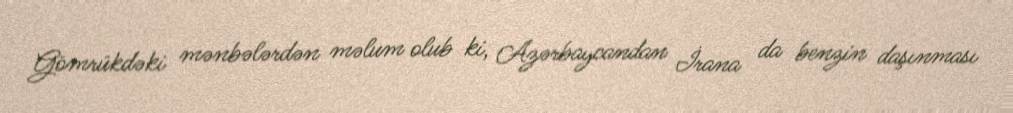
Gömrükdəki mənbələrdən məlum olub ki, Azərbaycandan İrana da benzin daşınması